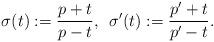
LaTeX: \begin{align*}\sigma(t):=\frac{p+t}{p-t},\,\,\,\sigma^{\prime}(t):=\frac{p^{\prime}+t}{p^{\prime}-t}.\end{align*}